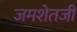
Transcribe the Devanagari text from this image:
जमशेतजी